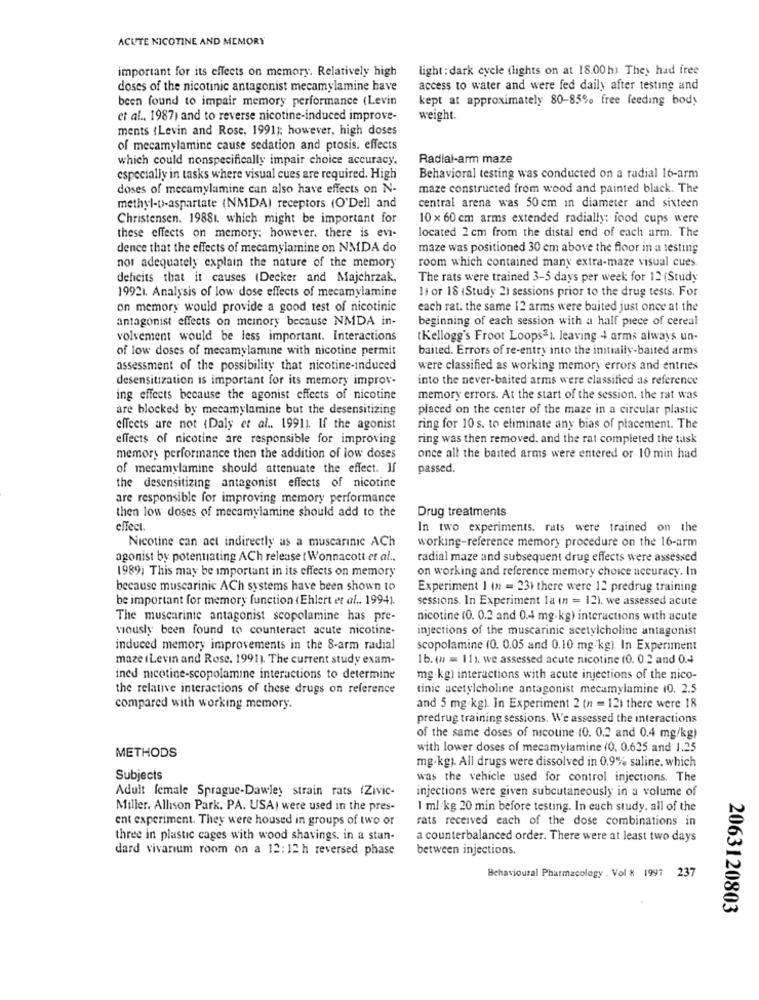
ACUTE NICOTINE AND MEMORY
important for its effects on memory. Relatively high
light : dark cycle (lights on at 18.00h). They had free
doses of the nicotinic antagonist mecamylamine have
access to water and were fed daily after testing and
been found to impair memory performance (Levin
kept at approximately 80-85% free feeding body
et al ., 1987) and to reverse nicotine-induced improve-
weight.
ments (Levin and Rose, 1991); however, high doses
of mecamylamine cause sedation and ptosis. effects
which could nonspecifically impair choice accuracy.
Radial-arm maze
especially in tasks where visual cues are required. High
Behavioral testing was conducted on a radial 16-arm
doses of mecamylamine can also have effects on N-
maze constructed from wood and painted black. The
methyl-p-aspartate (NMDA) receptors (O'Dell and
central arena was 50 cm in diameter and sixteen
Christensen. 19881. which might be important for
10 x 60 cm arms extended radially: food cups were
these effects on memory; however, there is evi-
located 2 cm from the distal end of each arm. The
dence that the effects of mecamylamine on NMDA do
maze was positioned 30 cm above the floor in a testing
nor adequately explain the nature of the memory
room which contained many extra-maze visual cues
deficits that it causes (Decker and Majchrzak,
The rats were trained 3-5 days per week for 12 (Study
11 or 18 {Study 2) sessions prior to the drug tests. For
19921. Analysis of low dose effects of mecamylamine
on memory would provide a good test of nicotinic
each rat. the same 12 arms were baited just once at the
antagonist effects on memory because NMDA in-
beginning of each session with a half piece of cereal
volvement would be less important. Interactions
tKellogg's Froot Loops3). leaving 4 arms always un-
of low doses of mecamylamine with nicotine permit
baited. Errors of re-entry into the initially-baited arms
assessment of the possibility that nicotine-induced
were classified as working memory errors and entries
desensitization is important for its memory improv-
into the never-baited arms were classified as reference
ing effects because the agonist effects of nicotine
memory errors. At the start of the session. the rat was
are blocked by mecamylamine but the desensitizing
placed on the center of the maze in a circular plastic
effects are not (Daly et al .. 19911. If the agonist
ring for 10 s. to eliminate any bias of placement. The
effects of nicotine are responsible for improving
ring was then removed. and the rat completed the task
memory performance then the addition of low doses
once all the baited arms were entered or 10 min had
of mecamylamine should attenuate the effect. If
passed.
the desensitizing antagonist effects of nicotine
are responsible for improving memory performance
then low doses of mecamylamine should add to the
Drug treatments
effect.
In two experiments. rats were trained on the
Nicotine can act indirectly as a muscarinic ACh
working-reference memory procedure on the 16-arm
agonist by potentiating ACh release t Wonnacott et al ..
radial maze and subsequent drug effects were assessed
1989) This may be important in its effects on memory
on working and reference memory choice accuracy. In
because muscarinic ACh systems have been shown to
Experiment 1 (n = 23) there were 12 predrug training
be important for memory function (Ehlert et al .. 1994).
sessions. In Experiment la (n = 12). we assessed acute
The muscarinie antagonist scopolamine has pre-
nicotine (0. 0.2 and 0.44 mg/kg) interactions with acute
vously been found to counteract acute nicotine-
injections of the muscarinic acetylcholine antagonist
induced memory improvements in the 8-arm radial
scopolamine (0. 0.05 and 0.10 mg.kg). In Experiment
maze (Levin and Rose, 1991). The current study exam-
1b. (n = 11). we assessed acute nicotine (0. 0.2 and 0.4
ined nicotine-scopolamine interactions to determine
mg.kg) interactions with acute injections of the nico-
the relative interactions of these drugs on reference
tinic acetylcholine antagonist mecamylamine (0. 2.5
compared with working memory.
and 5 mg/kg). in Experiment 2 (n = 121 there were 18
predrug training sessions. We assessed the interactions
of the same doses of nicotine (0. 0.2 and 0.4 mg/kg)
METHODS
with lower doses of mecamylamine (0. 0.625 and 1.25
mg.kg). All drugs were dissolved in 0.9% saline. which
Subjects
was the vehicle used for control injections. The
Adult female Sprague-Dawley strain rats (Zivic-
injections were given subcutaneously in a volume of
Miller. Allison Park. PA. USA) were used in the pres-
1 ml:kg 20 min before testing. In euch study. all of the
ent experiment. They were housed in groups of two or
rats received each of the dose combinations in
three in plastic cages with wood shavings. in a stan-
a counterbalanced order. There were at least two days
dard vivarium room on a 12:12 h reversed phase
between injections.
Behavioural Pharmacology . Vol & 1997 237
2063120803